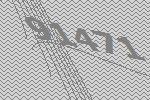
91471